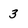
Character: 3